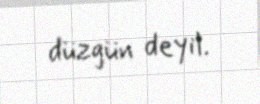
düzgün deyil.